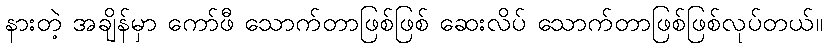
နားတဲ့ အချိန်မှာ ကော်ဖီ သောက်တာဖြစ်ဖြစ် ဆေးလိပ် သောက်တာဖြစ်ဖြစ်လုပ်တယ်။